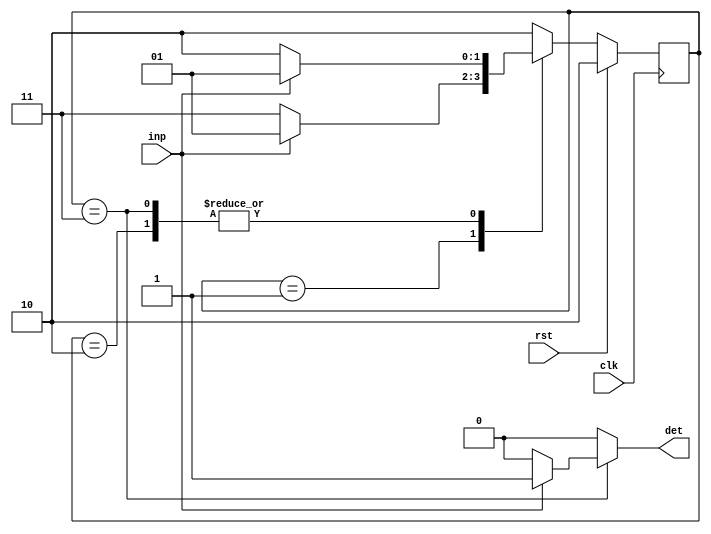
//Mealy Machine (FSM) to detect the overlapping sequence 101 
module seq101(det,inp, clk,rst);
  input inp,clk,rst;
  output reg det;
  parameter s0 = 2'b10, s1 = 2'b01, s2 = 2'b11;
  reg[1:0] prs,nxs;
  always@(posedge clk)
    begin
    if(rst)
      prs=s0;
  else
    prs=nxs;
    end
  always@(inp,prs)
    case(prs)
      s0:if(inp)
        	nxs = s1;
      		else
              nxs = s0;
      s1: if(inp)
        	nxs = s1;
      		else
              nxs = s2;
      s2: if(inp)
        	nxs = s1;
      	else
          	nxs = s0;
      default: nxs = s0;
    endcase
  always@(inp,prs)
    case(prs)
      s0: det=1'b0;
      s1: det=1'b0;
      s2: if(inp)
        	det=1'b1;
      	else
          	det=1'b0;
      default: det=1'b0;
    endcase
endmodule